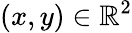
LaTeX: (x,y)\in\mathbb{R}^{2}